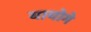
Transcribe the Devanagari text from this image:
यायोगे